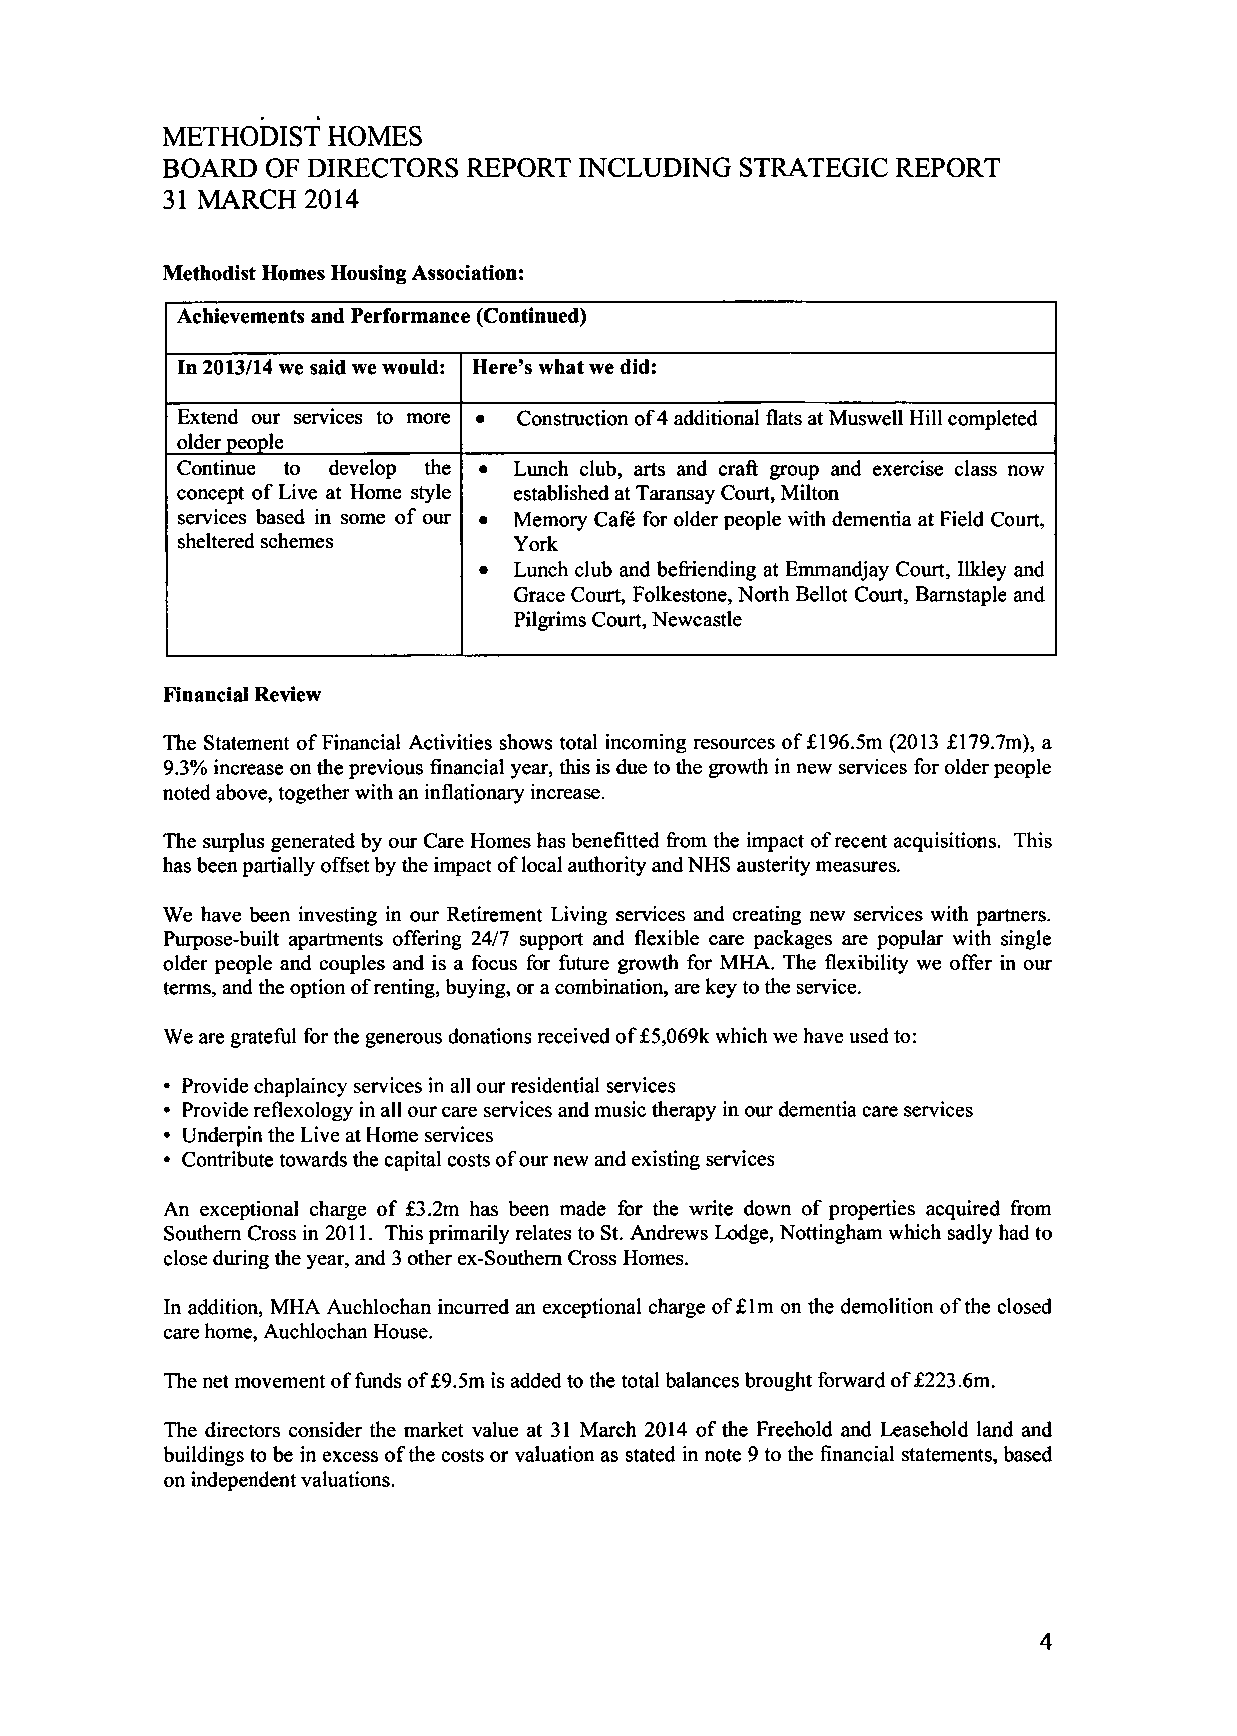
METHODIST  HOMES
 BOARD  OF DIRECTORS REPORT  INCLUDING STRATEGIC  REPORT
 31 MARCH  2014
 Methodist Homes Housing Association:
 Achievements and Performance (Continued)
 In 2013/14 we said we would: Here's what we did:
 Extend our services to more • Construction of 4 additional flatsa t Muswell Hill completed
 older people
 Continue to develop the • Lunch club, arts and craft group and exercise class now
 concept of Live at Home style established at Taransay Court, Milton
 services based in some of our • Memory Cafe for older people with dementia at Field Court,
 sheltered schemes     York
 • Lunch club and befriending at Emmandjay Court, Ilkley and
 Grace Court, Folkestone, North Bellot Court, Barnstaple and
 Pilgrims Court, Newcastle
 Financial Review
 The Statement of Financial Activities shows total incoming resources of £196.5m (2013 £179.7m), a
 9.3% increase on the previous financial year, this is due to the growth in new services for older people
 noted above, together with an inflationary increase.
 The surplus generated by our Care Homes has benefitted from the impact of recent acquisitions. This
 has been partially offset by the impact of local authority and NHS austerity measures.
 We have been investing in our Retirement Living services and creating new services with partners.
 Purpose-built apartments offering 24/7 support and flexible care packages are popular with single
 older people and couples and is a focus for future growth for MHA. The flexibility we offer in our
 terms, and the option of renting, buying, or a combination, are key to the service.
 We are grateful for the generous donations received of £5,069k which we have used to:
 • Provide chaplaincy services in all our residential services
 • Provide reflexology in all our care services and music therapy in our dementia care services
 • Underpin the Live at Home services
 • Contribute towards the capital costs of our new and existing services
 An exceptional charge of £3.2m has been made for the write down of properties acquired from
 Southern Cross in 2011. This primarily relates to St. Andrews Lodge, Nottingham which sadly had to
 close during the year, and 3 other ex-Southern Cross Homes.
 In addition, MHA Auchlochan incurred an exceptional charge of £lm on the demolition of the closed
 care home, Auchlochan House.
 The net movement of funds of £9.5m is added to the total balances brought forward of £223.6m.
 The directors consider the market value at 31 March 2014 of the Freehold and Leasehold land and
 buildings to be in excess of the costs or valuation as stated in note 9 to the financial statements, based
 on independent valuations.
 4